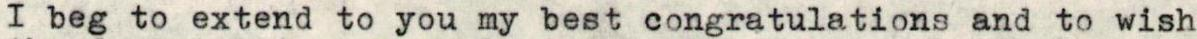
I beg to extend to you my best congratulations and to wish